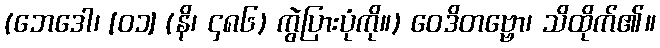
(ဘေဒေါ၊ [၀၁] (နိ၊ ၄၈၆) ကွဲပြားပုံကို။) ဝေဒိတဗ္ဗော၊ သိထိုက်၏။